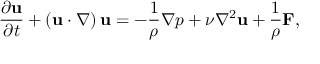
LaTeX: { \frac { \partial \mathbf { u } } { \partial t } } + \left( \mathbf { u } \cdot \nabla \right) \mathbf { u } = - { \frac { 1 } { \rho } } \nabla p + \nu \nabla ^ { 2 } \mathbf { u } + { \frac { 1 } { \rho } } \mathbf { F } ,